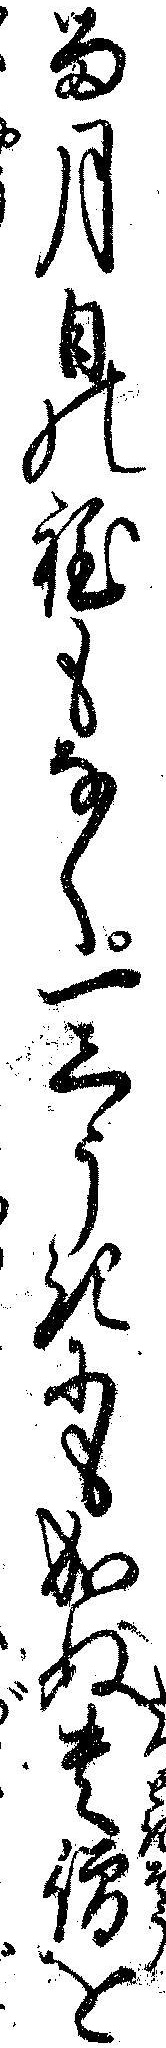
る月日の程もなく一しうきにも成ぬ貴僧を